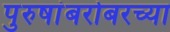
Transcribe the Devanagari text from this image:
पुरुषांबरोबरच्या